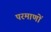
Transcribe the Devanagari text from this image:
परमाणों